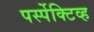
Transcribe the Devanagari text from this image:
पर्स्पेक्टिव्ह